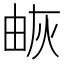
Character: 𤉕